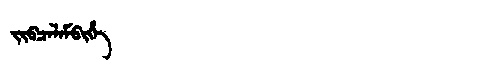
Manchu: ᠵᡳᠪᠴᠠᠯᠠᠮᠪᡳᡥᡝ
Romanization: JIBCALAMBIHE